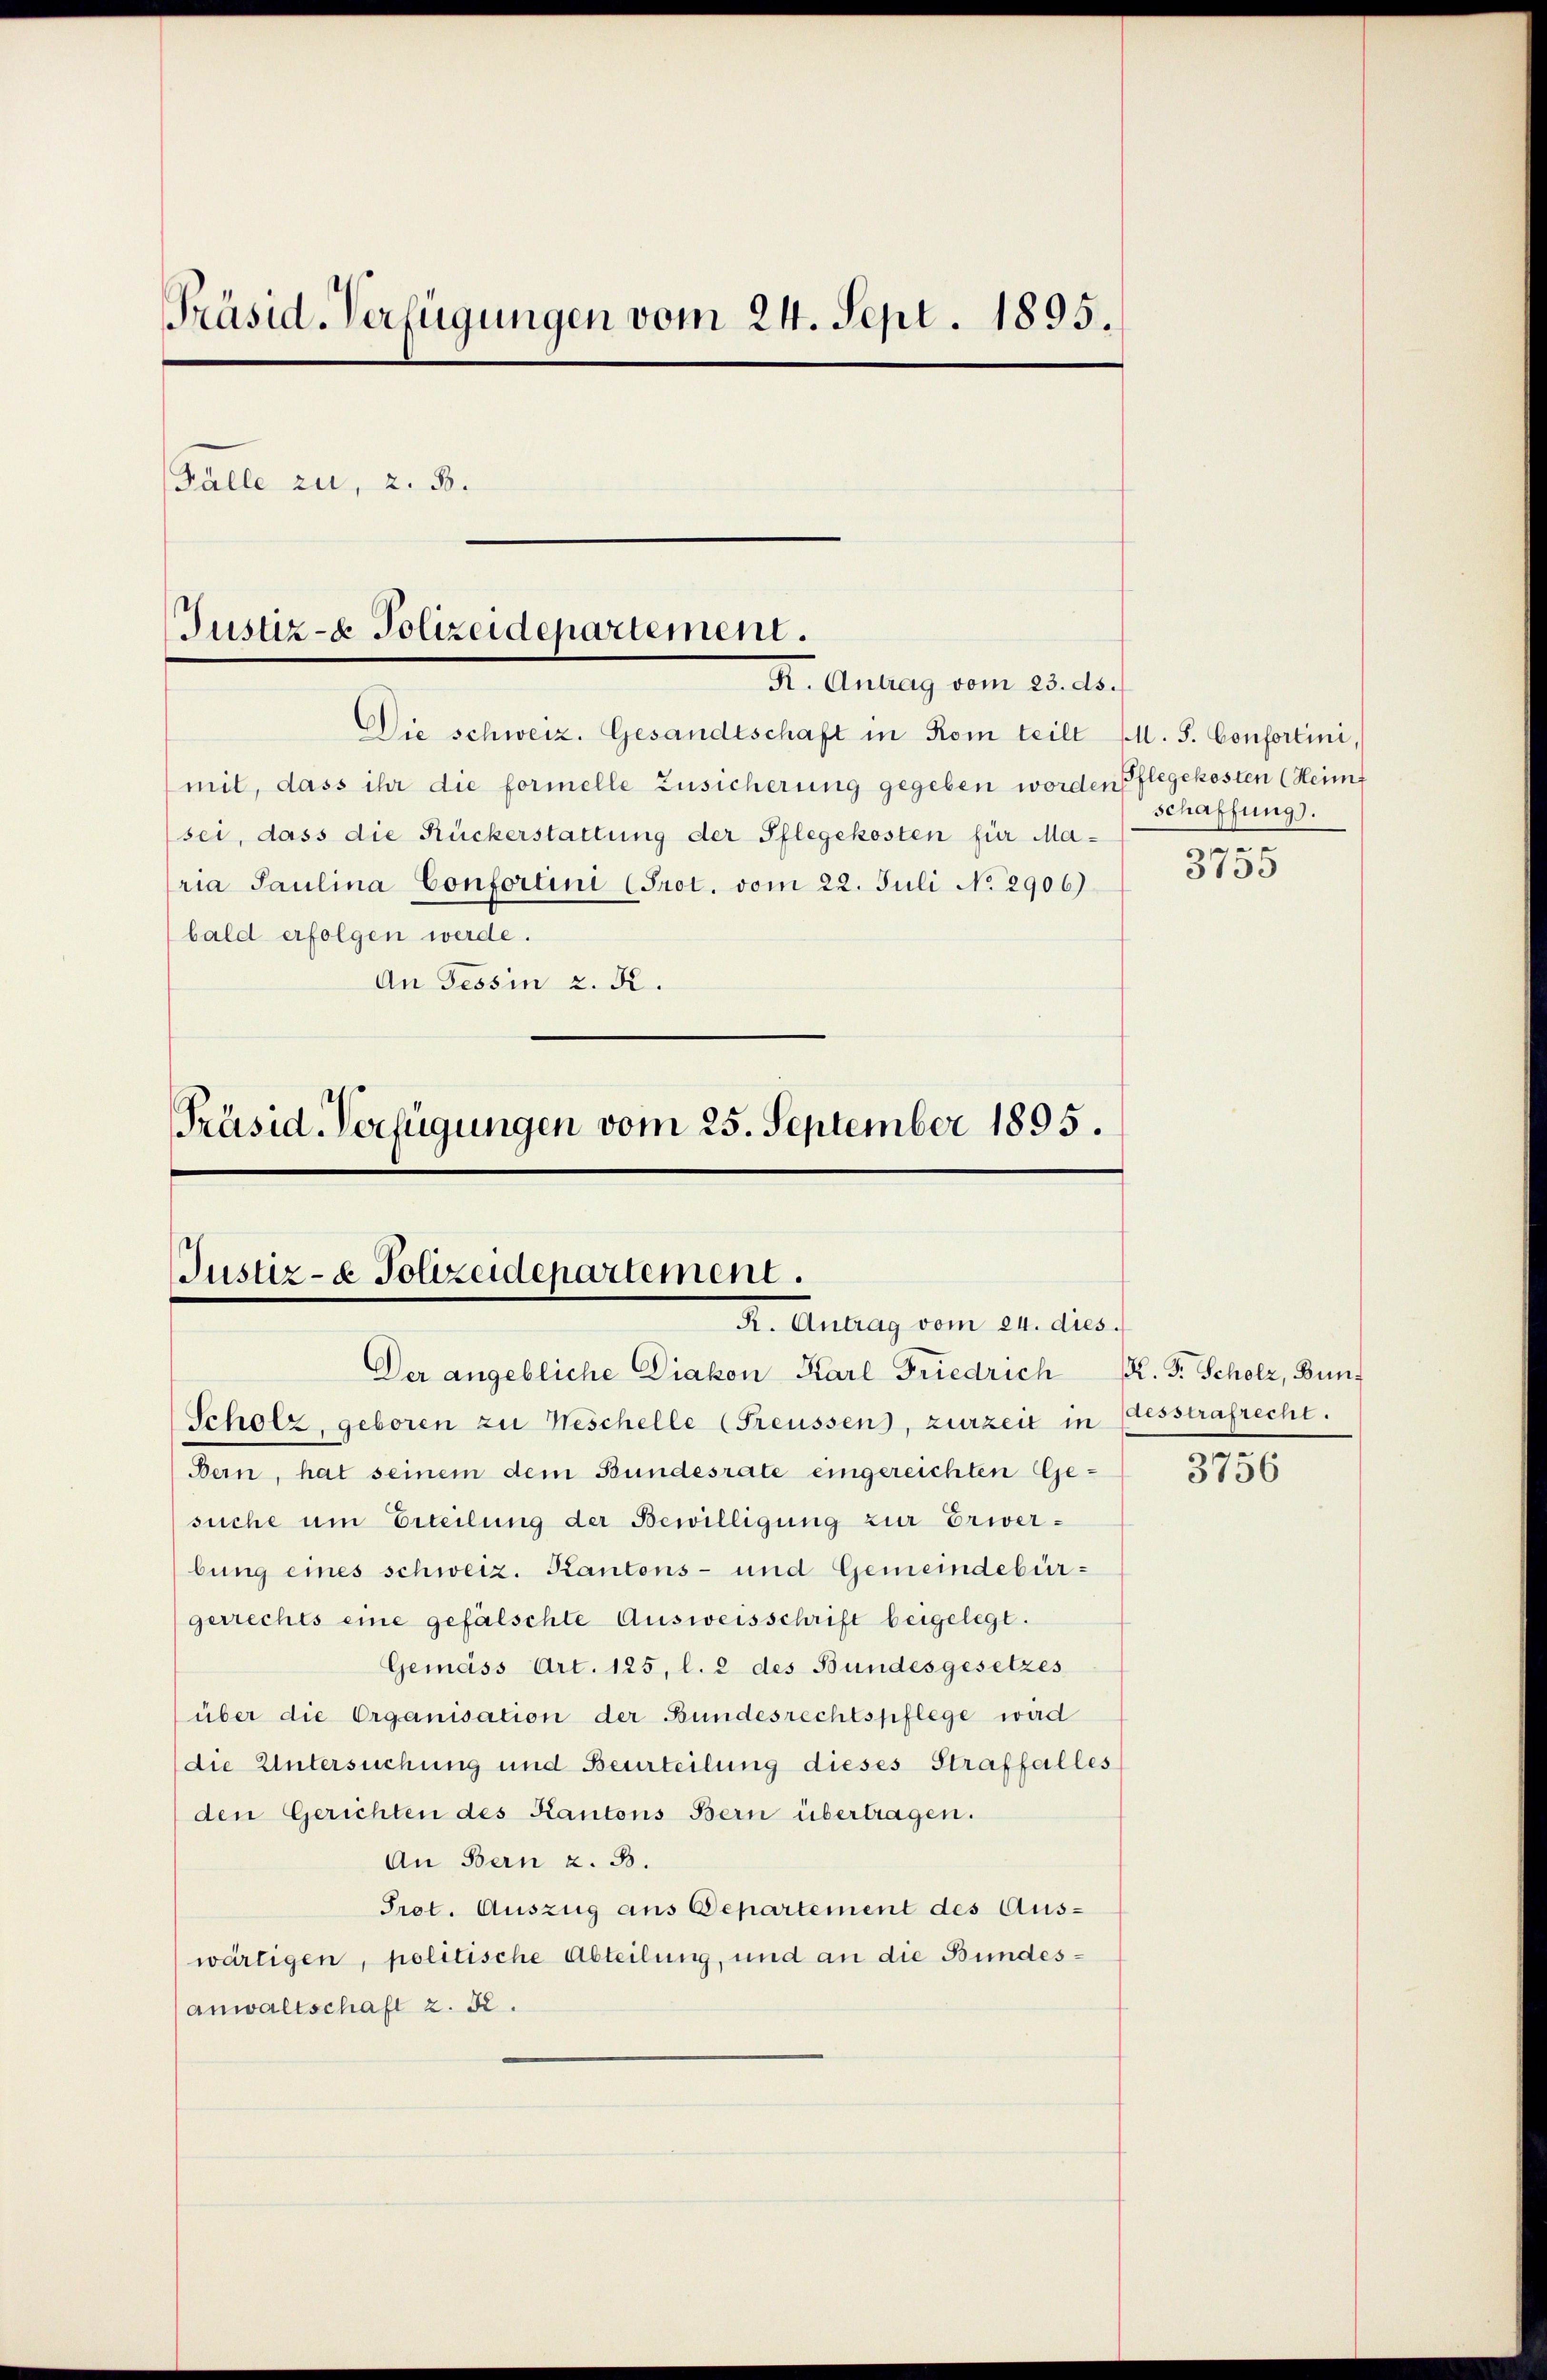
Präsid-Verfügungen vom 24. Sept. 1895.
Fälle zu, z. B.
Justiz- & Polizeidepartement.
K. Antrag vom 23. ds.

Präsid-Verfügungen vom 25. September 1895.

Die schweiz. Gesandtschaft in Rom teilt (s. S. Confortini,
mit, dass ihr die formelle Zusicherung gegeben worden Pflegekosten (Heimf
sei, dass die Rückerstattung der Pflegekosten für Maria Paulina Confortini (Prot. vom 22. Juli No 2906)
bald erfolgen werde.
An Tessin z. R.

Justiz- & Polizeidepartement.
R. Antrag vom 24. dies

Der angebliche Diakon Karl Friedrich
Scholz, geboren zu Neschelle (Freussen, zurzeit in
Bern, hat seinem dem Bundesrate eingereichten Gesuche um Erteilung der Bewilligung zur Erwerbung eines schweiz. Kantons- und Gemeindebürgerrechts eine gefälschte Ausweisschrift beigelegt.
Gemäss Art. 125, l. 2 des Bundesgesetzes
über die Organisation der Bundesrechtspflege wird
die Untersuchung und Beurteilung dieses Straffalles
den Gerichten des Kantons Bern übertragen.
An Bern z. B.
Prot. Auszug aus Departement des Auswärtigen, politische Abteilung, und an die Bundesanwaltschaft z. B.

schaffung).

3755

R. F. Scholz, Bundesstrafrecht.

3756